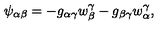
\psi _ { \alpha \beta } = - g _ { \alpha \gamma } w _ { \beta } ^ { \gamma } - g _ { \beta \gamma } w _ { \alpha } ^ { \gamma } ,